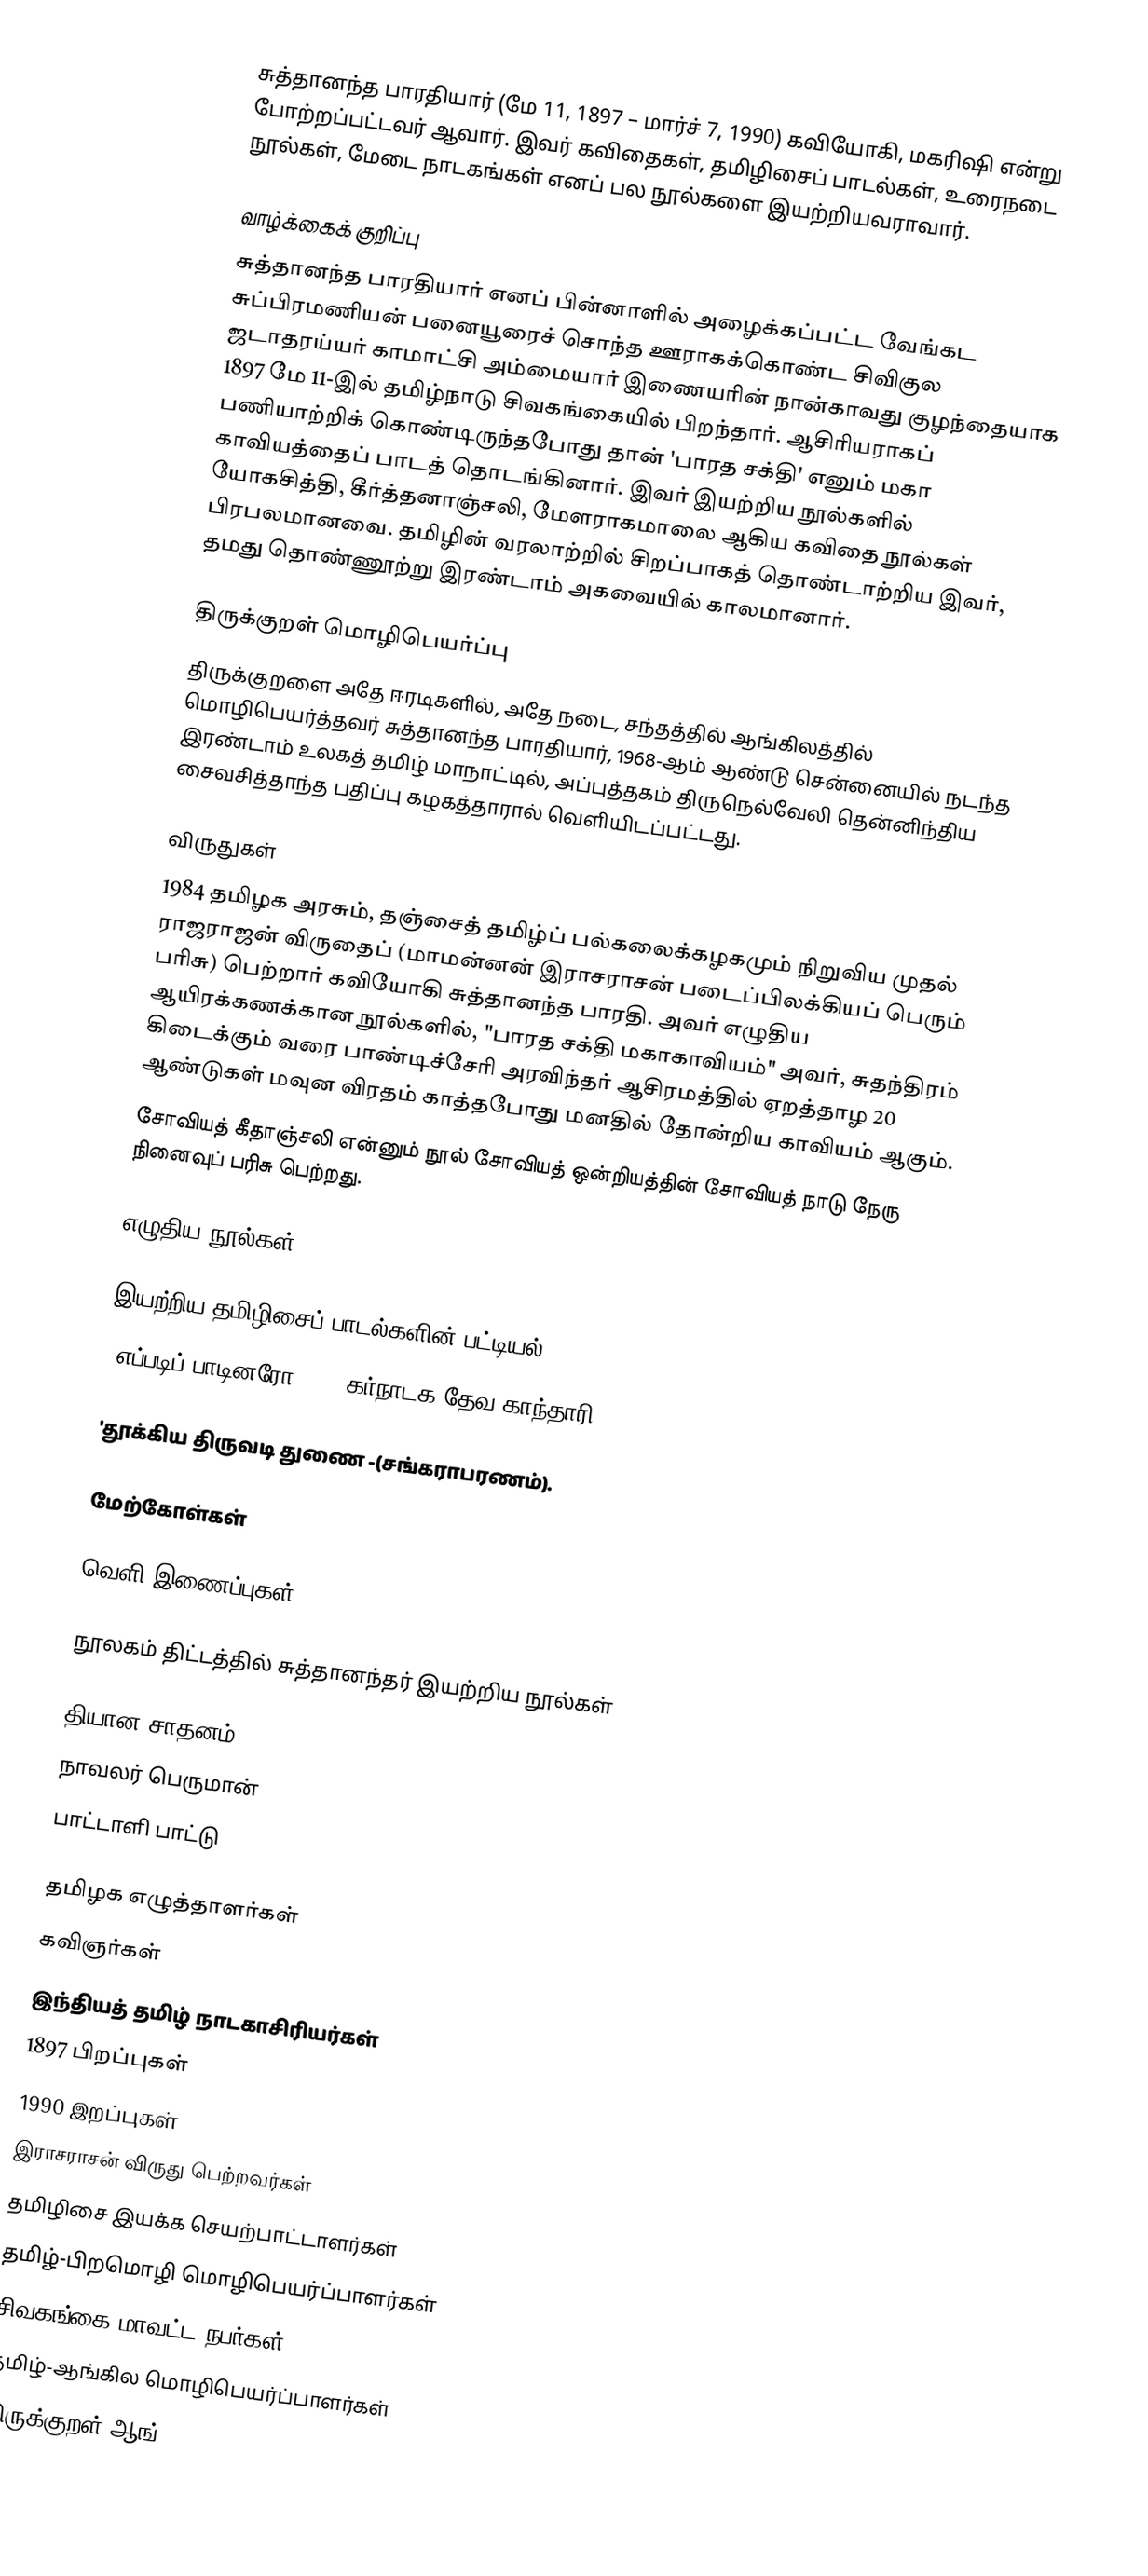
சுத்தானந்த பாரதியார் (மே 11, 1897 – மார்ச் 7, 1990) கவியோகி, மகரிஷி என்று போற்றப்பட்டவர் ஆவார். இவர் கவிதைகள், தமிழிசைப் பாடல்கள், உரைநடை நூல்கள், மேடை நாடகங்கள் எனப் பல நூல்களை இயற்றியவராவார்.

வாழ்க்கைக் குறிப்பு
சுத்தானந்த பாரதியார் எனப் பின்னாளில் அழைக்கப்பட்ட வேங்கட சுப்பிரமணியன் பனையூரைச் சொந்த ஊராகக்கொண்ட சிவிகுல ஜடாதரய்யர் காமாட்சி அம்மையார் இணையரின் நான்காவது குழந்தையாக 1897 மே 11-இல் தமிழ்நாடு சிவகங்கையில் பிறந்தார். ஆசிரியராகப் பணியாற்றிக் கொண்டிருந்தபோது தான் 'பாரத சக்தி' எனும் மகா காவியத்தைப் பாடத் தொடங்கினார். இவர் இயற்றிய நூல்களில் யோகசித்தி, கீர்த்தனாஞ்சலி, மேளராகமாலை ஆகிய கவிதை நூல்கள் பிரபலமானவை. தமிழின் வரலாற்றில் சிறப்பாகத் தொண்டாற்றிய இவர், தமது தொண்ணூற்று இரண்டாம் அகவையில் காலமானார்.

திருக்குறள் மொழிபெயர்ப்பு
திருக்குறளை அதே ஈரடிகளில், அதே நடை, சந்தத்தில் ஆங்கிலத்தில் மொழிபெயர்த்தவர் சுத்தானந்த பாரதியார், 1968-ஆம் ஆண்டு சென்னையில் நடந்த இரண்டாம் உலகத் தமிழ் மாநாட்டில், அப்புத்தகம் திருநெல்வேலி தென்னிந்திய சைவசித்தாந்த பதிப்பு கழகத்தாரால் வெளியிடப்பட்டது.

விருதுகள்
1984 தமிழக அரசும், தஞ்சைத் தமிழ்ப் பல்கலைக்கழகமும் நிறுவிய முதல் ராஜராஜன் விருதைப் (மாமன்னன் இராசராசன் படைப்பிலக்கியப் பெரும் பரிசு) பெற்றார் கவியோகி சுத்தானந்த பாரதி. அவர் எழுதிய ஆயிரக்கணக்கான நூல்களில், "பாரத சக்தி மகாகாவியம்" அவர், சுதந்திரம் கிடைக்கும் வரை பாண்டிச்சேரி அரவிந்தர் ஆசிரமத்தில் ஏறத்தாழ 20 ஆண்டுகள் மவுன விரதம் காத்தபோது மனதில் தோன்றிய காவியம் ஆகும்.
 சோவியத் கீதாஞ்சலி என்னும் நூல் சோவியத் ஒன்றியத்தின் சோவியத் நாடு நேரு நினைவுப் பரிசு பெற்றது.

எழுதிய நூல்கள்

இயற்றிய தமிழிசைப் பாடல்களின் பட்டியல்
 'எப்படிப் பாடினரோ …' - கர்நாடக தேவ காந்தாரி.

 'தூக்கிய திருவடி துணை -(சங்கராபரணம்).

மேற்கோள்கள்

வெளி இணைப்புகள்

நூலகம் திட்டத்தில் சுத்தானந்தர் இயற்றிய நூல்கள்

 தியான சாதனம்
 நாவலர் பெருமான்
 பாட்டாளி பாட்டு

தமிழக எழுத்தாளர்கள்
கவிஞர்கள்
இந்தியத் தமிழ் நாடகாசிரியர்கள்
1897 பிறப்புகள்
1990 இறப்புகள்
இராசராசன் விருது பெற்றவர்கள்
தமிழிசை இயக்க செயற்பாட்டாளர்கள்
தமிழ்-பிறமொழி மொழிபெயர்ப்பாளர்கள்
சிவகங்கை மாவட்ட நபர்கள்
தமிழ்-ஆங்கில மொழிபெயர்ப்பாளர்கள்
திருக்குறள் ஆங்